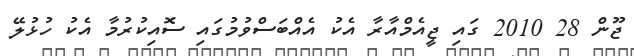
ޖޫން 28 2010 ގައި ޖީއެމްއާރާ އެކު އެއްބަސްވުމުގައި ސޮއިކުރުމާ އެކު ހުޅުލޭ